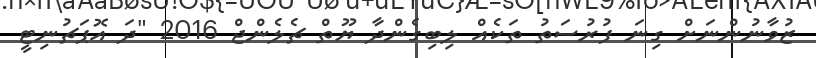
ޒުވާނުންނަށް ގިނަ ފުރުސަތު ތަކެއް ލިބިގެންދާ ޔޫތް ޗެލެންޖް 2016 "ދަ އޮޕަޗުނިޓީ